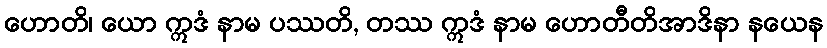
ဟောတိ၊ ယော ဣဒံ နာမ ပဿတိ, တဿ ဣဒံ နာမ ဟောတီတိအာဒိနာ နယေန